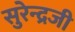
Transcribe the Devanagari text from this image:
सुरेन्द्रजी